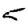
Digit: 5